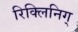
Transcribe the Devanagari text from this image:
रिक्लिनिग्